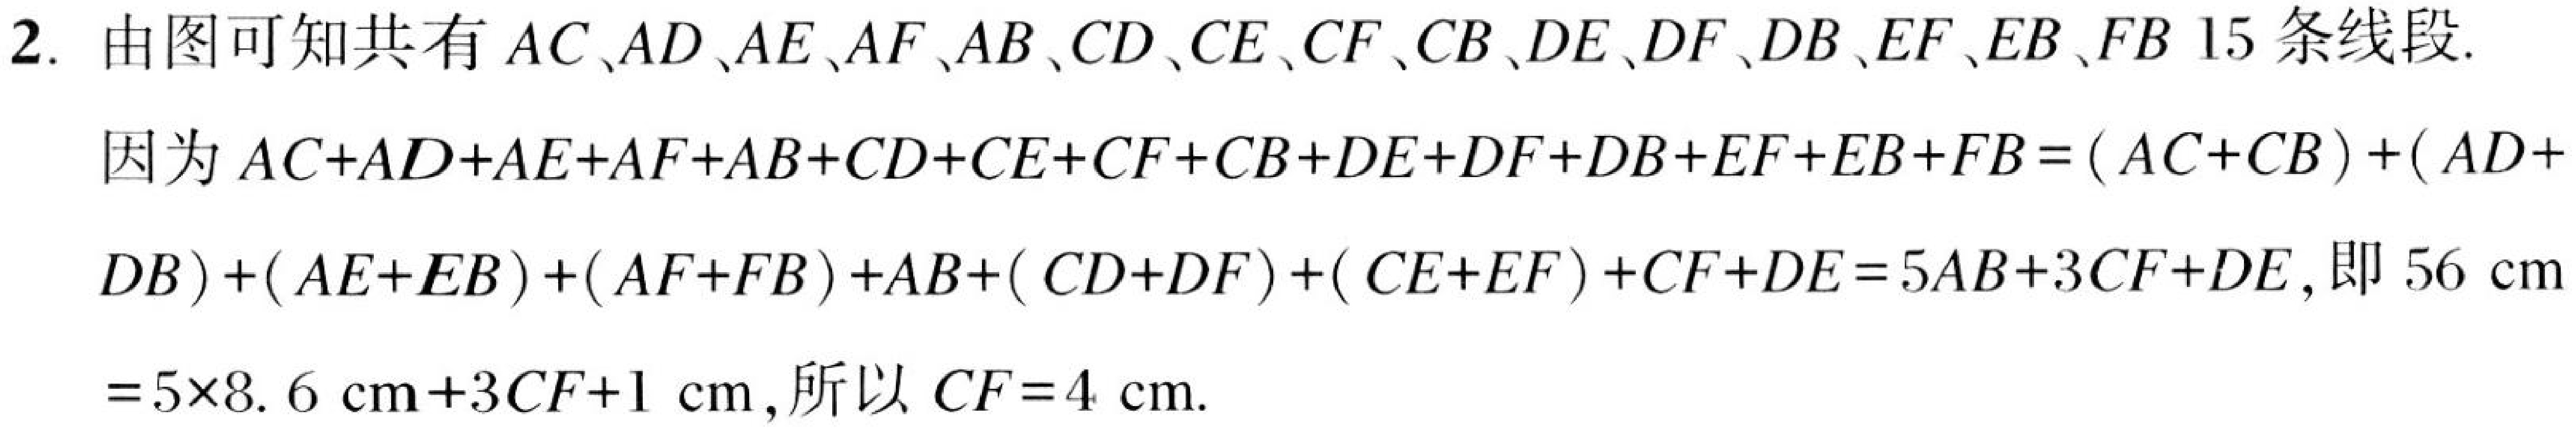
2. 由图可知共有 \(AC、AD、AE、AF、AB、CD、CE、CF、CB、DE、DF、DB、EF、EB、FB\) 15条线段.
因为 \(AC + AD+AE + AF+AB + CD+CE + CF+CB + DE+DF + DB+EF + EB+FB=(AC + CB)+(AD + \)
\(DB)+(AE + EB)+(AF + FB)+AB+(CD + DF)+(CE + EF)+CF + DE = 5AB+3CF + DE\)，即 \(56\mathrm{cm}\)
\(=5\times8.6\mathrm{cm}+3CF + 1\mathrm{cm}\)，所以 \(CF = 4\mathrm{cm}\).